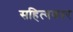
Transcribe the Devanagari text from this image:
सहित्यकार